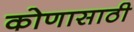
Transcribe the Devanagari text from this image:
कोणासाठी